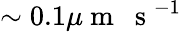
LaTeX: \sim 0.1\mu\mathrm{~m~~~s~}^{-1}